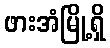
ဖားအံမြို့ရှိ